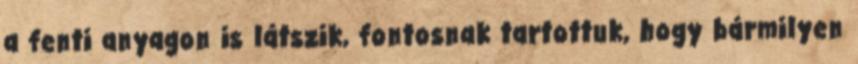
a fenti anyagon is látszik, fontosnak tartottuk, hogy bármilyen